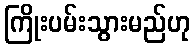
ကြိုးပမ်းသွားမည်ဟု